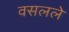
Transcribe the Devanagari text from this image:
वसलले